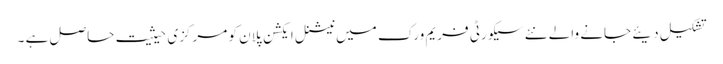
تشکیل دیئے جانے والے نئے سیکورٹی فریم ورک میں نیشنل ایکشن پلان کو مرکزی حیثیت حاصل ہے ۔